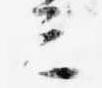
ミ